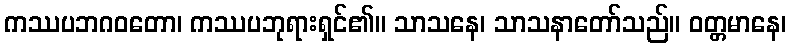
ကဿပဘဂဝတော၊ ကဿပဘုရားရှင်၏။ သာသနေ၊ သာသနာတော်သည်။ ဝတ္တမာနေ၊